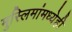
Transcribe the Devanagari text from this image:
मुस्लिमांमध्येही